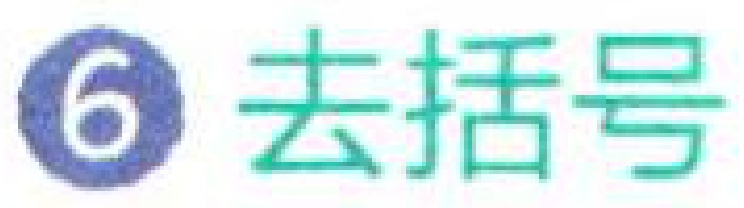
6 去括号